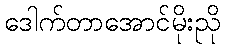
ဒေါက်တာအောင်မိုးညို